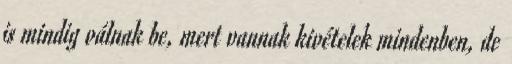
is mindig válnak be, mert vannak kivételek mindenben, de